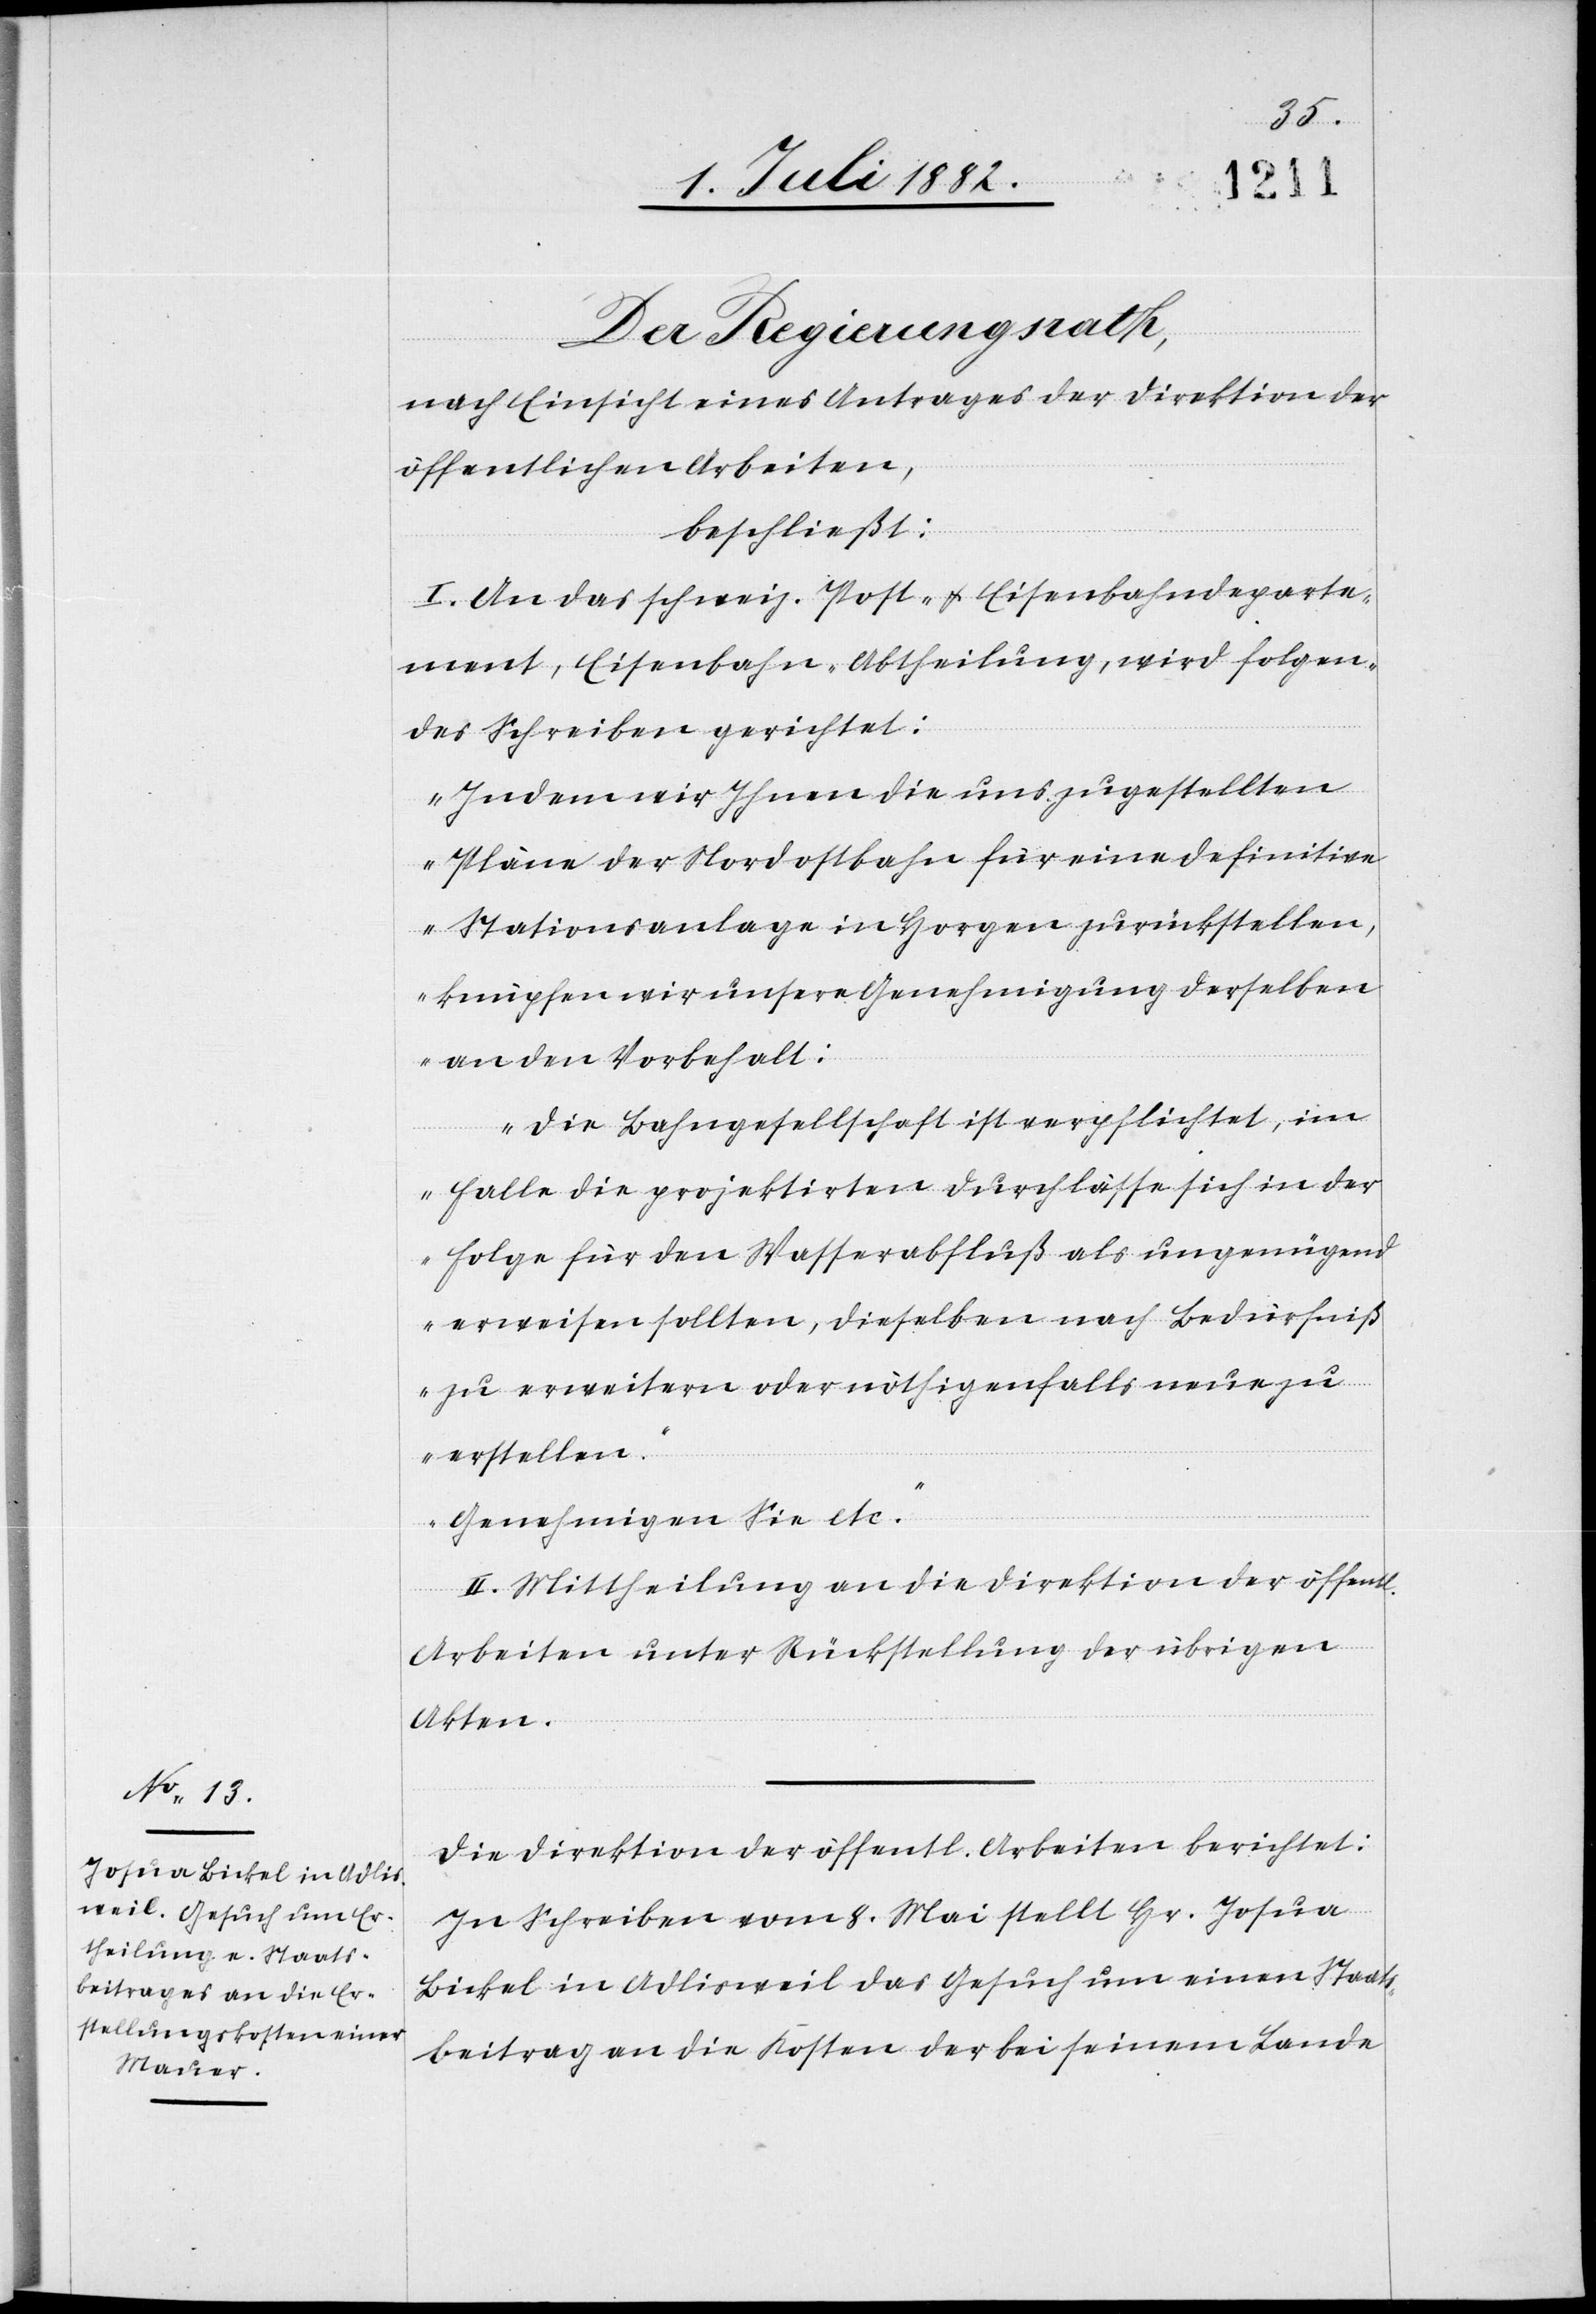
Der Regierungsrath,
nach Einsicht eines Antrages der Direktion der
öffentlichen Arbeiten,
beschließt:
I. An das schweiz. Post- & Eisenbahndeparte¬
ment, Eisenbahn-Abtheilung, wird folgen¬
des Schreiben gerichtet:
„Indem wir Ihnen die uns zugestellten
Pläne der Nordostbahn für eine definitive
Stationsanlage in Horgen zurückstellen,
knüpfen wir unsere Genehmigung derselben
an den Vorbehalt:
Die Bahngesellschaft ist verpflichtet, im
Falle die projektirten Durchlässe sich in der
Folge für den Wasserabfluß als ungenügend
erweisen sollten, dieselben nach Bedürfni¬
ß zu erweitern oder nöthigenfalls neue zu
erstellen.
Genehmigen Sie etc.“
II. Mittheilung an die Direktion der öffentl.
Arbeiten unter Rückstellung der übrigen
Akten.
Die Direktion der öffentl. Arbeiten berichtet:
In Schreiben vom 8. Mai stellt Hr. Josua
Bickel in Adlisweil das Gesuch um einen Staats¬
beitrag an die Kosten der bei seinem Lande